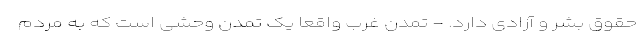
حقوق بشر و آزادی دارد. - تمدن غرب واقعا یک تمدن وحشی است که به مردم